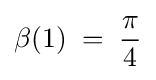
\beta (1)\;=\;{\frac {\pi }{4}}